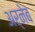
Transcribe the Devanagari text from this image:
अर्नेब